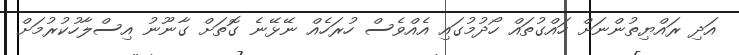
އަދި ރައްޔިތުންނަށް ހައްގުތައް ހޯދުމުގައި އެއްވެސް ހުރަހެއް ނޭޅޭނެ ގޮތަށް ގާނޫނު އިސްލާހުކުރުމަށް